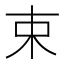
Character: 束